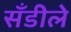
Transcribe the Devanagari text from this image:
सँडीले